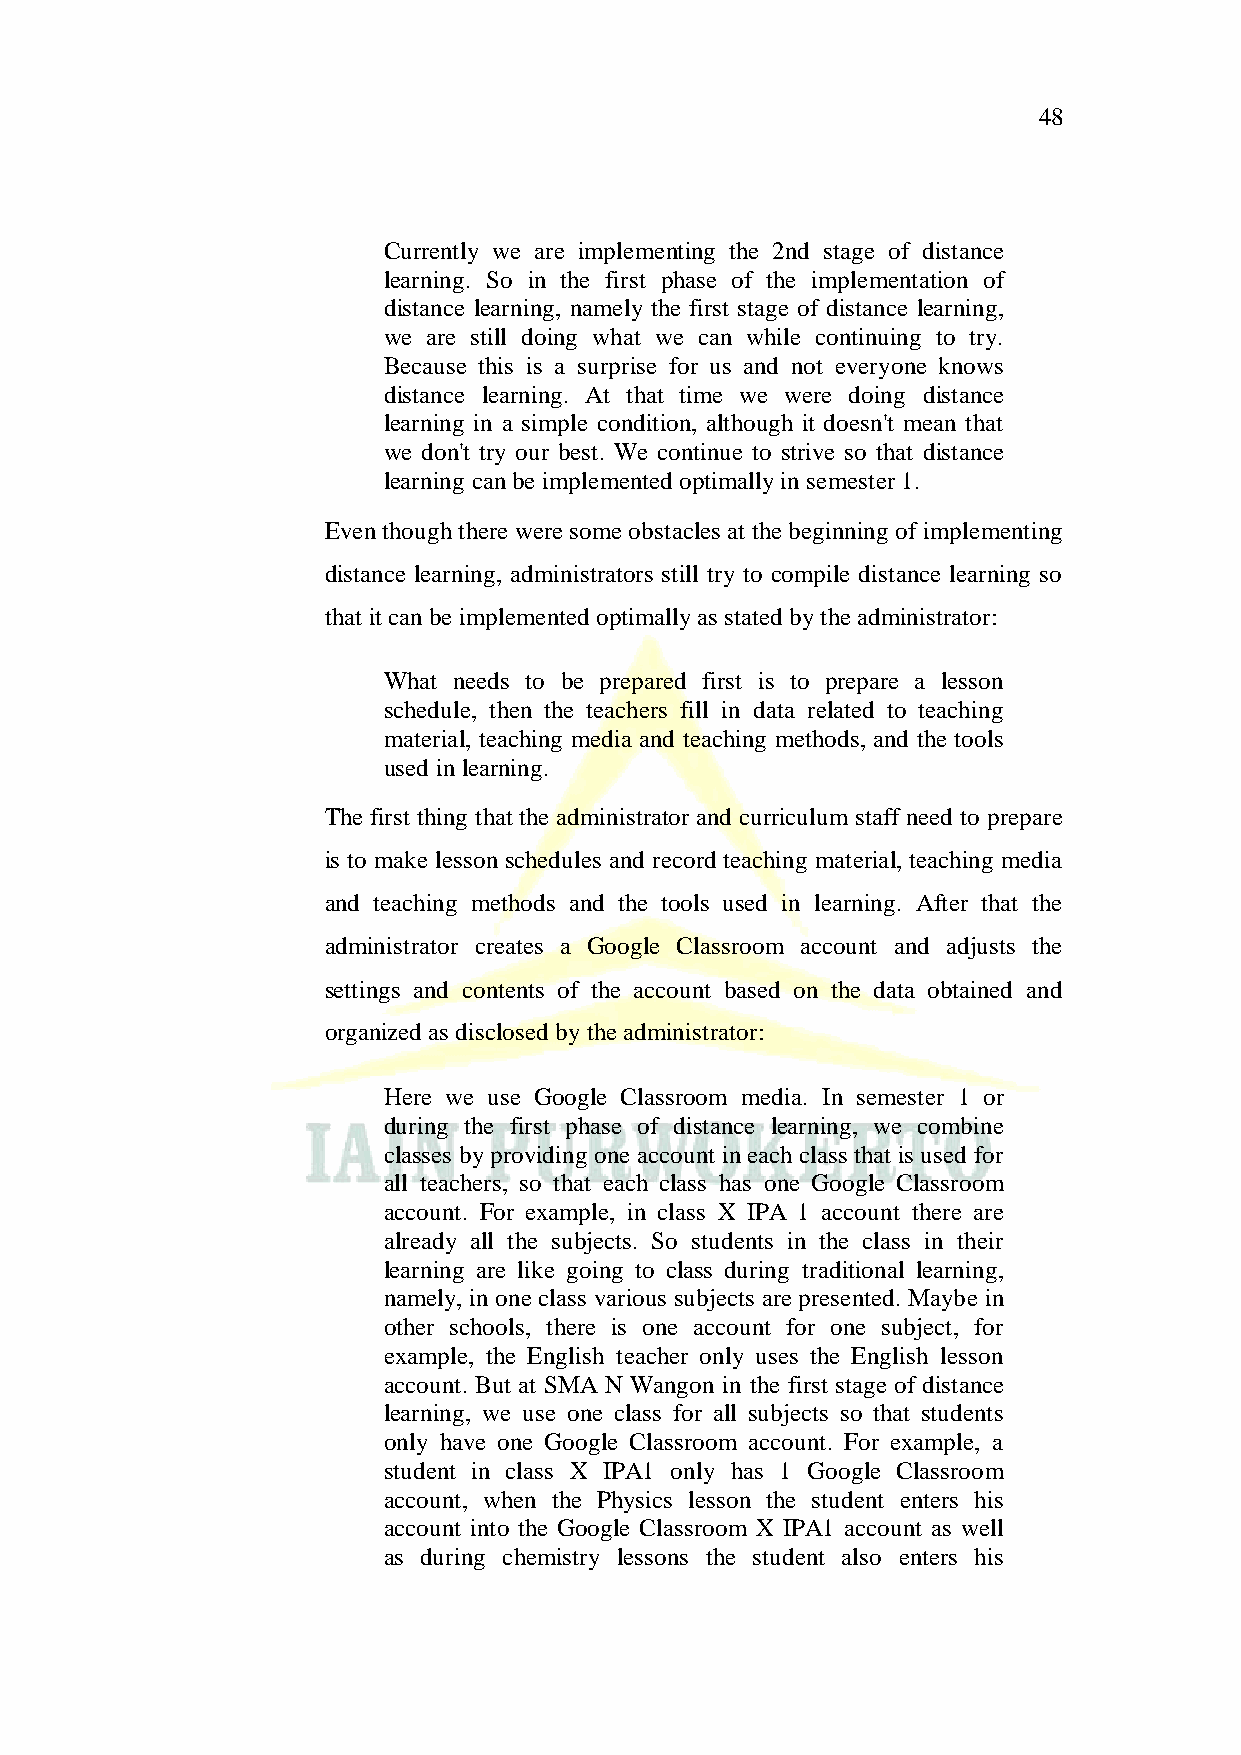
48
 Currently we are implementing the 2nd stage of distance
 learning. So in the first phase of the implementation of
 distance learning, namely the first stage of distance learning,
 we are still doing what we can while continuing to try.
 Because this is a surprise for us and not everyone knows
 distance learning. At that time we were doing distance
 learning in a simple condition, although it doesn't mean that
 we don't try our best. We continue to strive so that distance
 learning can be implemented optimally in semester 1.
 Even though there were some obstacles at the beginning of implementing
 distance learning, administrators still try to compile distance learning so
 that it can be implemented optimally as stated by the administrator:
 What needs to be prepared first is to prepare a lesson
 schedule, then the teachers fill in data related to teaching
 material, teaching media and teaching methods, and the tools
 used in learning.
 The first thing that the administrator and curriculum staff need to prepare
 is to make lesson schedules and record teaching material, teaching media
 and teaching methods and the tools used in learning. After that the
 administrator creates a Google Classroom account and adjusts the
 settings and contents of the account based on the data obtained and
 organized as disclosed by the administrator:
 Here we use Google Classroom media. In semester 1 or
 during the first phase of distance learning, we combine
 classes by providing one account in each class that is used for
 all teachers, so that each class has one Google Classroom
 account. For example, in class X IPA 1 account there are
 already all the subjects. So students in the class in their
 learning are like going to class during traditional learning,
 namely, in one class various subjects are presented. Maybe in
 other schools, there is one account for one subject, for
 example, the English teacher only uses the English lesson
 account. But at SMA N Wangon in the first stage of distance
 learning, we use one class for all subjects so that students
 only have one Google Classroom account. For example, a
 student in class X IPA1 only has 1 Google Classroom
 account, when the Physics lesson the student enters his
 account into the Google Classroom X IPA1 account as well
 as during chemistry lessons the student also enters his